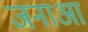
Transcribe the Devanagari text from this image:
जनाआ